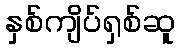
နှစ်ကျိပ်ရှစ်ဆူ